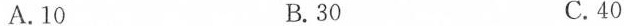
A.10 B.30 C.40